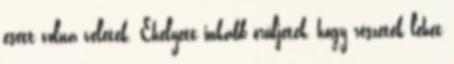
esett volna veletek. Ehelyett inkább örüljetek, hogy részetek lehet